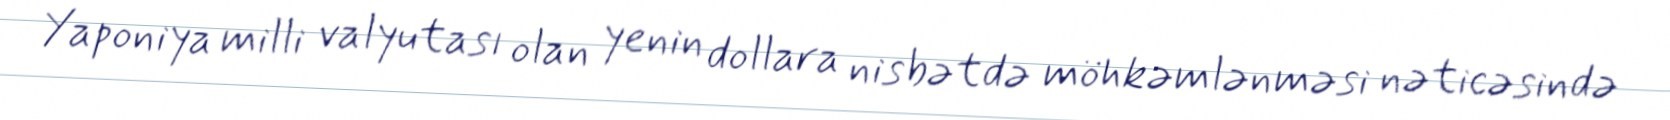
Yaponiya milli valyutası olan yenin dollara nisbətdə möhkəmlənməsi nəticəsində